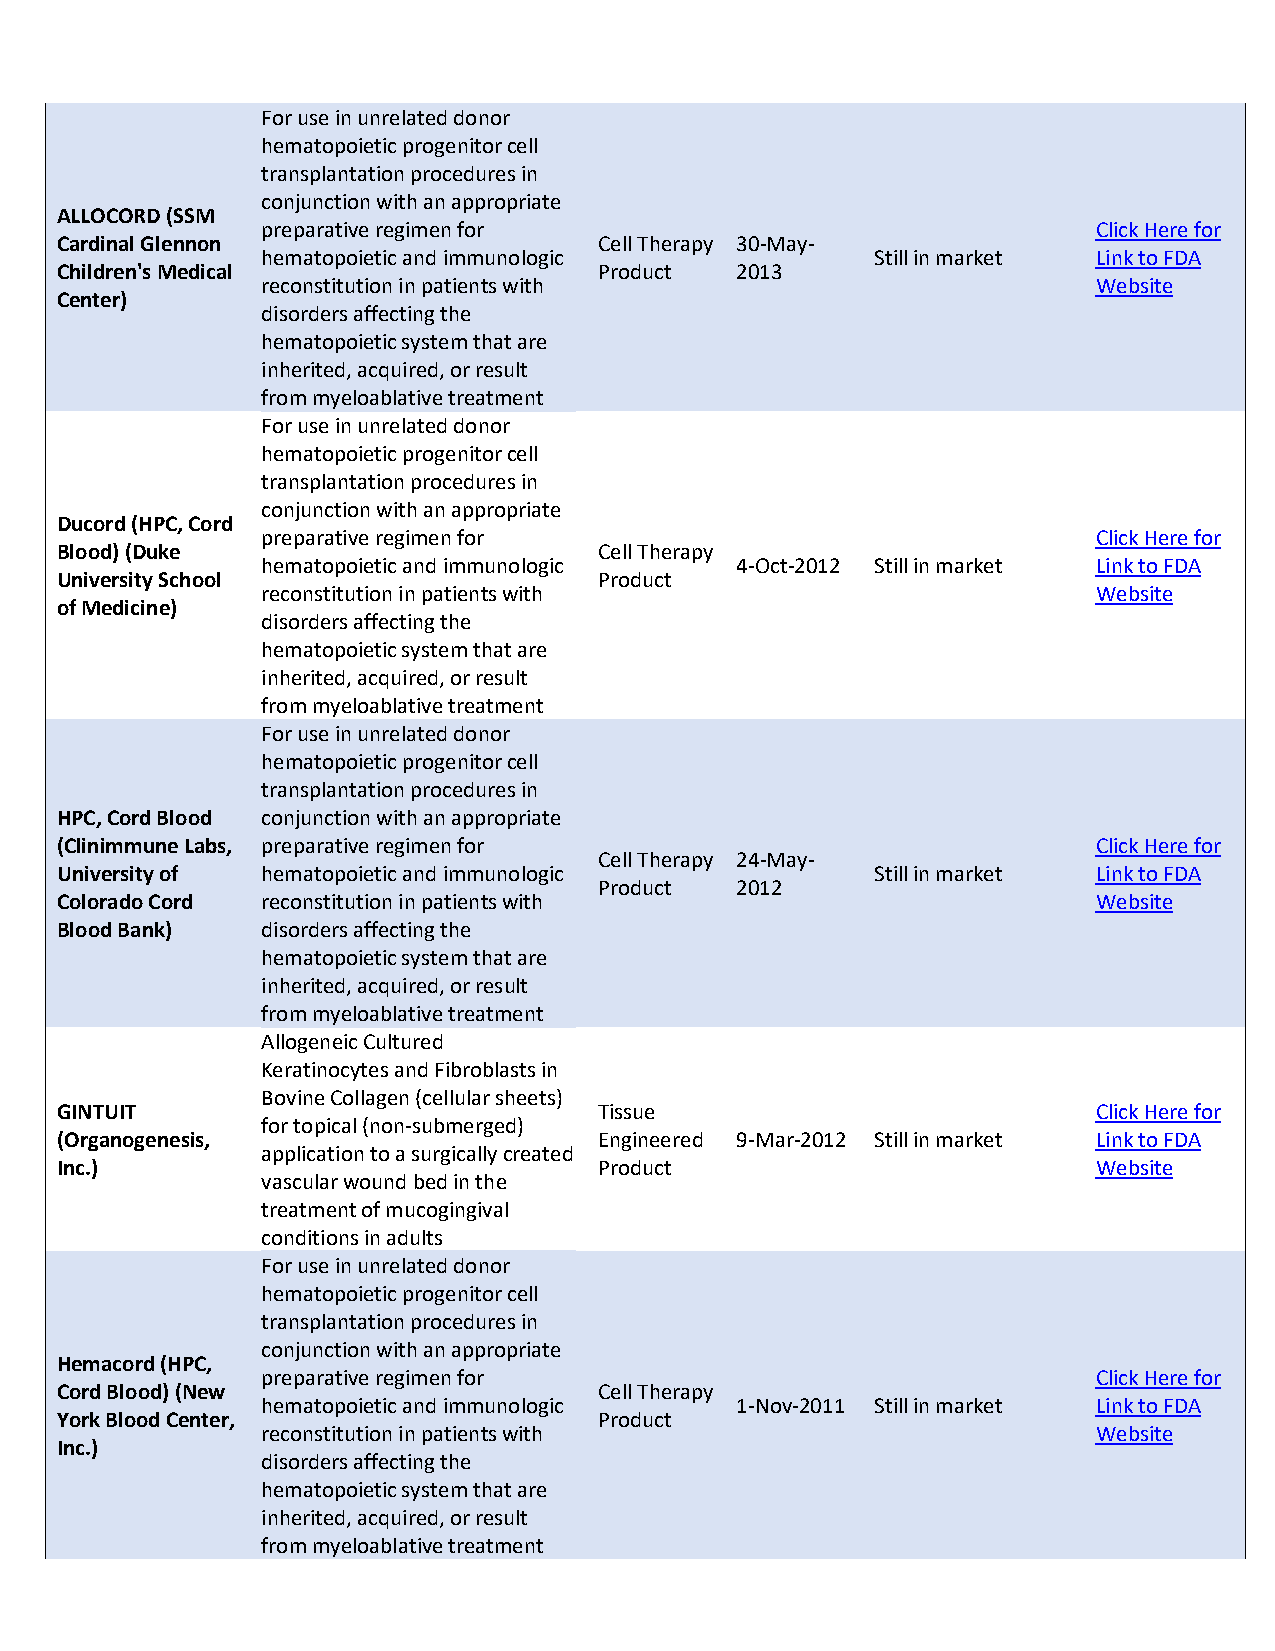
For use in unrelated donor
 hematopoietic progenitor cell
 transplantation procedures in
 conjunction with an appropriate
 ALLOCORD (SSM
 preparative regimen for                                 Click Here for
 Cardinal Glennon                    Cell Therapy 30-May-
 hematopoietic and immunologic            Still in market Link to FDA
 Children's Medical                  Product  2013
 reconstitution in patients with                         Website
 Center)
 disorders affecting the
 hematopoietic system that are
 inherited, acquired, or result
 from myeloablative treatment
 For use in unrelated donor
 hematopoietic progenitor cell
 transplantation procedures in
 conjunction with an appropriate
 Ducord (HPC, Cord
 preparative regimen for                                 Click Here for
 Blood) (Duke                        Cell Therapy
 hematopoietic and immunologic   4-Oct-2012 Still in market Link to FDA
 University School                   Product
 reconstitution in patients with                         Website
 of Medicine)
 disorders affecting the
 hematopoietic system that are
 inherited, acquired, or result
 from myeloablative treatment
 For use in unrelated donor
 hematopoietic progenitor cell
 transplantation procedures in
 HPC, Cord Blood conjunction with an appropriate
 (Clinimmune Labs, preparative regimen for                            Click Here for
 Cell Therapy 24-May-
 University of hematopoietic and immunologic           Still in market Link to FDA
 Product  2012
 Colorado Cord reconstitution in patients with                        Website
 Blood Bank)  disorders affecting the
 hematopoietic system that are
 inherited, acquired, or result
 from myeloablative treatment
 Allogeneic Cultured
 Keratinocytes and Fibroblasts in
 Bovine Collagen (cellular sheets)
 GINTUIT                             Tissue                           Click Here for
 for topical (non-submerged)
 (Organogenesis,                     Engineered 9-Mar-2012 Still in market Link to FDA
 application to a surgically created
 Inc.)                               Product                          Website
 vascular wound bed in the
 treatment of mucogingival
 conditions in adults
 For use in unrelated donor
 hematopoietic progenitor cell
 transplantation procedures in
 conjunction with an appropriate
 Hemacord (HPC,
 preparative regimen for                                 Click Here for
 Cord Blood) (New                    Cell Therapy
 hematopoietic and immunologic   1-Nov-2011 Still in market Link to FDA
 York Blood Center,                  Product
 reconstitution in patients with                         Website
 Inc.)
 disorders affecting the
 hematopoietic system that are
 inherited, acquired, or result
 from myeloablative treatment